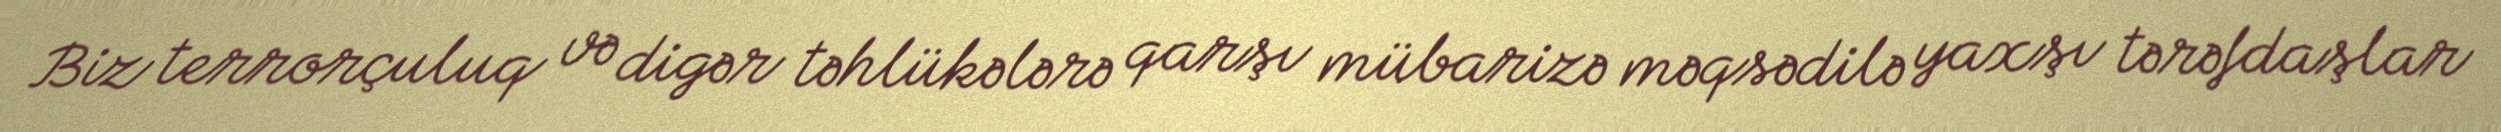
Biz terrorçuluq və digər təhlükələrə qarşı mübarizə məqsədilə yaxşı tərəfdaşlar